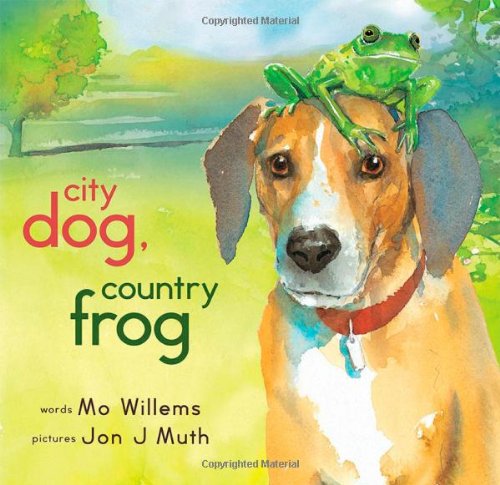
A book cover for City Dog, Country Frog; Mo Willems; Children's Books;